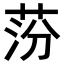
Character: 𦰛